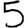
Digit: 5